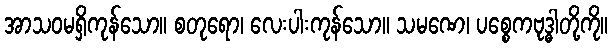
အာသဝမရှိကုန်သော။ စတုရော၊ လေးပါးကုန်သော။ သမဏေ၊ ပစ္စေကဗုဒ္ဓါတို့ကို။